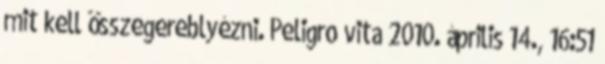
mit kell összegereblyézni. Peligro vita 2010. április 14., 16:51